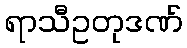
ရာသီဥတုဒဏ်